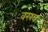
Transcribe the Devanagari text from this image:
वरख